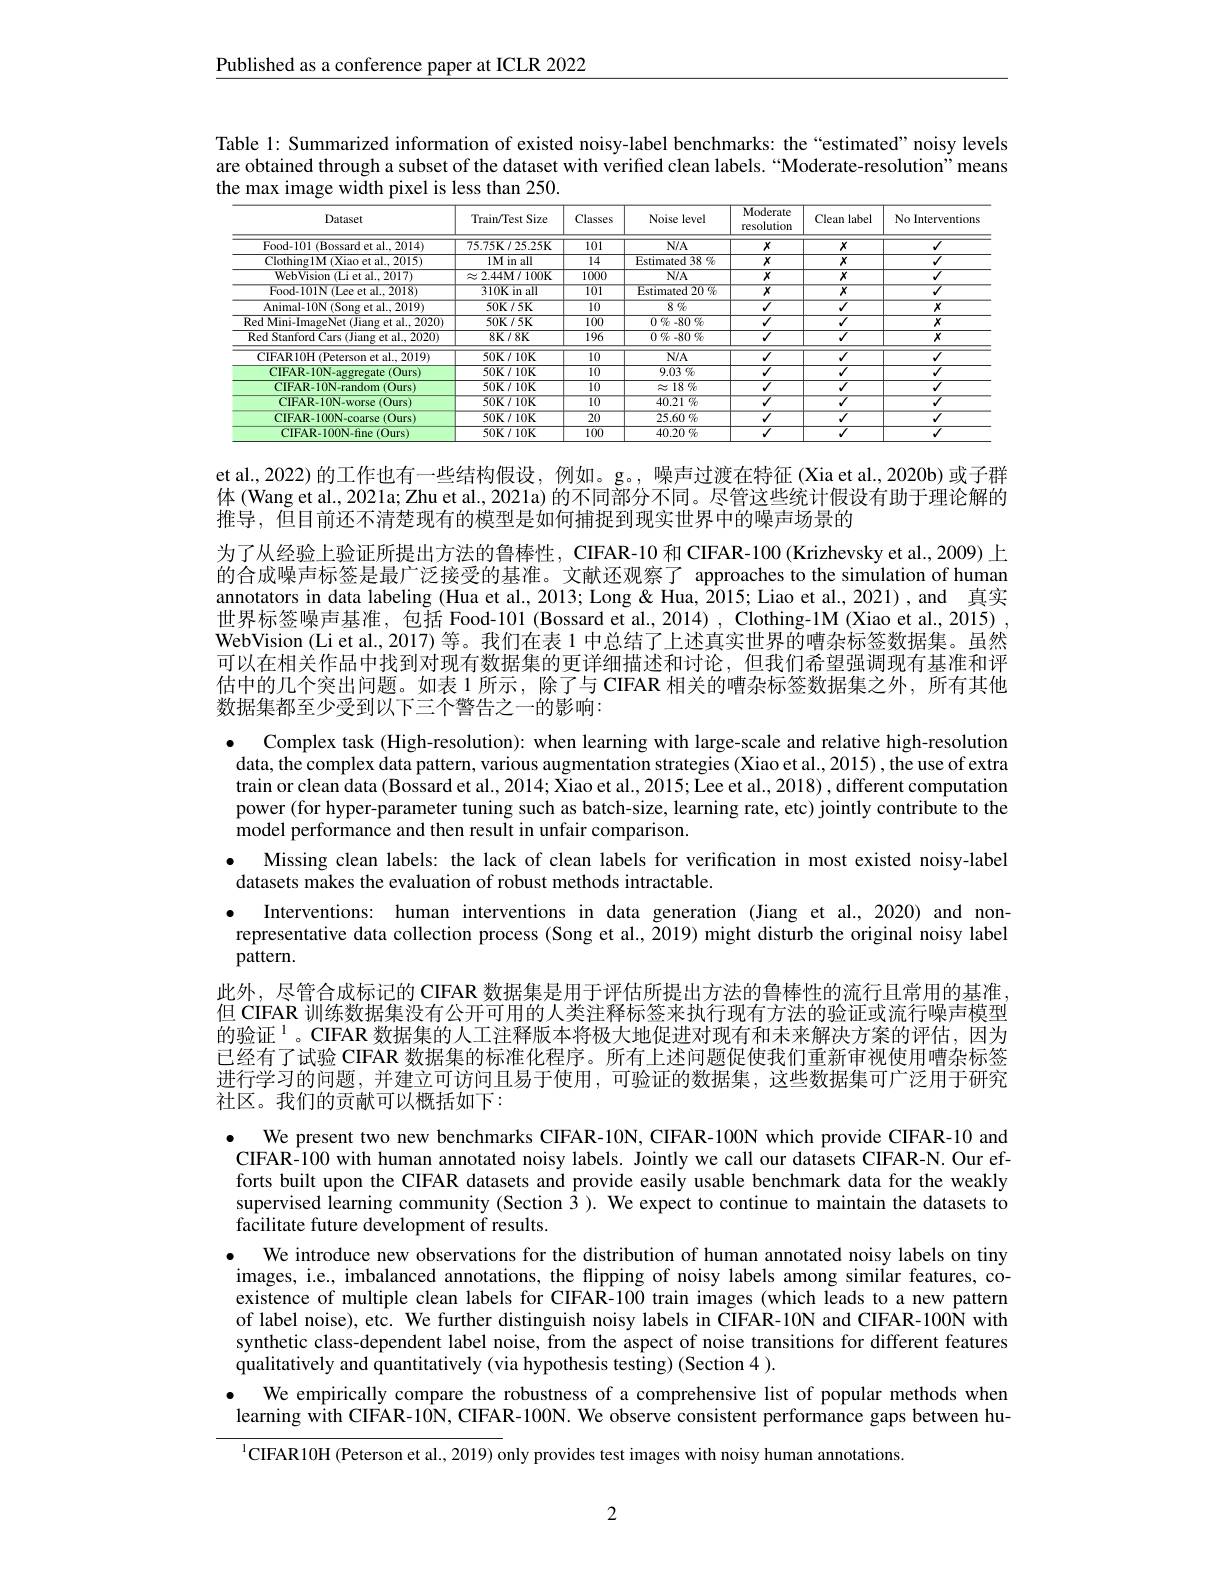
Published as a conference paper at ICLR 2022

Table 1: Summarized information of existed noisy-label benchmarks: the “estimated”noisy levels are obtained through a subset of the dataset with verified clean labels. “Moderate-resolution”means the max image width pixel is less than 250.

<table>
	<tbody>
		<tr>
			<th>Dataset</th>
			<th>Train$V$Test Size</th>
			<th>Classes</th>
			<th>Noise level</th>
			<th>Moderate resolution</th>
			<th>Clean label</th>
			<th>No Interventions</th>
		</tr>
		<tr>
			<td>Food-101 (Bossard et al., 2014)</td>
			<td>$75.75K/25.25$K</td>
			<td>$\overline{101}$</td>
			<td>$\overline{N/A}$</td>
			<td>$X$</td>
			<td>$X$</td>
			<td>$\overline{{\sqrt{7}}}$</td>
		</tr>
		<tr>
			<td>$\overline{\mathrm{Clothing1M~(Xiao~et~al.,~2015)}}$</td>
			<td>$1Minall$</td>
			<td>14</td>
			<td>Estimated 38 %</td>
			<td>$X$</td>
			<td>$X$</td>
			<td>$\overline{{\sqrt{7}}}$</td>
		</tr>
		<tr>
			<td>${\mathrm{WebVision~(Li~et~al.,2017)}}$</td>
			<td>$\approx2.44M/100K$</td>
			<td>1000</td>
			<td>$N/A$</td>
			<td>$X$</td>
			<td>$X$</td>
			<td>$\overline{{\sqrt{7}}}$</td>
		</tr>
		<tr>
			<td>Food-101N(Lee et al..2018)</td>
			<td>310Kin all</td>
			<td>101</td>
			<td>Estimated 20 %</td>
			<td>$\overline{X}$</td>
			<td>$\overline{X}$</td>
			<td>$\sqrt{7}$</td>
		</tr>
		<tr>
			<td>$\overline{\text{Animal-10N(Song et al., 2019)}}$</td>
			<td>$50\mathbf{K}/5\mathbf{K}$</td>
			<td>$\overline{10}$</td>
			<td>846</td>
			<td>$√$</td>
			<td>$\overline{V}$</td>
			<td>$X$</td>
		</tr>
		<tr>
			<td>Red Mini-ImageNet (Jiang et al..2020)</td>
			<td>$50\mathbf{K}/5\mathbf{K}$</td>
			<td>100</td>
			<td>$0\%-80\%$</td>
			<td>$√$</td>
			<td>$\overline{J}$</td>
			<td>$X$</td>
		</tr>
		<tr>
			<td>$\overline{\text{Red Stanford Cars (Jiang et al., 2020)}}$</td>
			<td>$8K/8K$</td>
			<td>196</td>
			<td>$0\%-80\%$</td>
			<td>$\overline{J}$</td>
			<td>$\overline{{\sqrt{1}}}$</td>
			<td>$X$</td>
		</tr>
		<tr>
			<td>${\mathrm{CIFAR10H~(Peterson~et~al.,~2019)}}$</td>
			<td>$50\mathbf{K}/10\mathbf{K}$</td>
			<td>$\overline{10}$</td>
			<td>$\overline{N/A}$</td>
			<td>$\overline{J}$</td>
			<td>$\overline{V}$</td>
			<td>$√$</td>
		</tr>
		<tr>
			<td>CIFAR-10N-aggregate $=(0urs)$</td>
			<td>$50\mathbf{K}/10\mathbf{K}$</td>
			<td>$\overline{10}$</td>
			<td>9.03 $\%$</td>
			<td>$V$</td>
			<td>$\overline{V}$</td>
			<td>$\overline{{\sqrt{7}}}$</td>
		</tr>
		<tr>
			<td>CIFAR-10N-random(Ours)</td>
			<td>$50\mathbf{K}/10\mathbf{K}$</td>
			<td>$\overline{10}$</td>
			<td>$\approx18\%$</td>
			<td>$\overline{J}$</td>
			<td>$\overline{{\sqrt{7}}}$</td>
			<td>$\overline{{\sqrt{7}}}$</td>
		</tr>
		<tr>
			<td>CIFAR-10N-worse(Ours)</td>
			<td>50K710K</td>
			<td>10</td>
			<td>$40.21\%$</td>
			<td>$V$</td>
			<td>$\sqrt{7}$</td>
			<td>$\sqrt{7}$</td>
		</tr>
		<tr>
			<td>CIFAR-100N-coarse(Ours)</td>
			<td>$50\mathbf{K}/10\mathbf{K}$</td>
			<td>20</td>
			<td>$25.60\%$</td>
			<td>$\overline{V}$</td>
			<td>$\overline{{\sqrt{1}}}$</td>
			<td>$\overline{J}$</td>
		</tr>
		<tr>
			<td>CIFAR-100N-fine(Ours)</td>
			<td>$50\mathbf{K}/10\mathbf{K}$</td>
			<td>$\overline{100}$</td>
			<td>40.20 $\%$</td>
			<td>$√$</td>
			<td>$\overline{J}$</td>
			<td>$\overline{{\sqrt{7}}}$</td>
		</tr>
	</tbody>
</table>

et al., 2022) 的工作也有一些结构假设，例如。g。, 噪声过渡在特征 (Xia et al., 2020b) 或子群体 (Wang et al., 2021a; Zhu et al., 2021a) 的不同部分不同。尽管这些统计假设有助于理论解的推导，但目前还不清楚现有的模型是如何捕捉到现实世界中的噪声场景的
为了从经验上验证所提出方法的鲁棒性，CIFAR-10 和 CIFAR-100 (Krizhevsky et al.,2009) 上的合成噪声标签是最广泛接受的基准。文献还观察了 approaches to the simulation of human annotators in data labeling (Hua et al., 2013; Long& Hua, 2015; Liao et al., 2021) , and 真实世界标签噪声基准，包括 Food-101 (Bossard et al.,2014) , Clothing-1M (Xiao et al., 2015) , WebVision (Li et al., 2017)等。我们在表 1 中总结了上述真实世界的嘈杂标签数据集。虽然可以在相关作品中找到对现有数据集的更详细描述和讨论，但我们希望强调现有基准和评估中的几个突出问题。如表 1 所示，除了与 CIFAR 相关的嘈杂标签数据集之外，所有其他数据集都至少受到以下三个警告之一的影响：

Complex task (High-resolution): when learning with large-scale and relative high-resolution data, the complex data pattern, various augmentation strategies (Xiao et al., 2015) , the use of extra train or clean data (Bossard et al., 2014; Xiao et al., 2015; Lee et al., 2018) , different computation power (for hyper-parameter tuning such as batch-size, learning rate, etc) jointly contribute to the model performance and then result in unfair comparison.
Missing clean labels: the lack of clean labels for verification in most existed noisy-label
datasets makes the evaluation of robust methods intractable.
$\bullet$ Interventions: human interventions in data generation (Jiang et al.,2020) and nonrepresentative data collection process (Song et al., $\tilde{2}019)$ might disturb the original noisy label pattern.

此外，尽管合成标记的 CIFAR 数据集是用于评估所提出方法的鲁棒性的流行且常用的基准但 CIFAR 训练数据集没有公开可用的人类注释标签来执行现有方法的验证或流行噪声模型的验证$^{1}$。CIFAR 数据集的人工注释版本将极大地促进对现有和未来解决方案的评估，因为已经有了试验 CIFAR 数据集的标准化程序。所有上述问题促使我们重新审视使用嘈杂标签进行学习的问题，并建立可访问且易于使用，可验证的数据集，这些数据集可广泛用于研究社区。我们的贡献可以概括如下：
We present two new benchmarks CIFAR-10N, CIFAR-100N which provide CIFAR-10 and CIFAR-100 with human annotated noisy labels. Jointly we call our datasets CIFAR-N. Our efforts built upon the CIFAR datasets and provide easily usable benchmark data for the weakly supervised learning community (Section $\bar{3}).$ We expect to continue to maintain the datasets to

facilitate future development of results.
$\bullet$ We introduce new observations for the distribution of human annotated noisy labels on tiny images, i.e., imbalanced annotations, the flipping of noisy labels among similar features, coexistence of multiple clean labels for CIFAR-100 train images (which leads to a new pattern of label noise), etc. We further distinguish noisy labels in CIFAR-10N and CIFAR-100N with synthetic class-dependent label noise, from the aspect of noise transitions for different features qualitatively and quantitatively (via hypothesis testing) (Section 4 ).
We empirically compare the robustness of a comprehensive list of popular methods when learning with CIFAR-10N, CIFAR-100N. We observe consistent performance gaps between hu- $^{1}$CIFAR10H (Peterson et al., 2019) only provides test images with noisy human annotations.

2